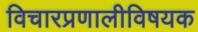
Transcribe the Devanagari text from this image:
विचारप्रणालीविषयक